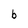
Character: b